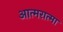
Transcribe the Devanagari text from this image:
आत्मरात्मा